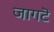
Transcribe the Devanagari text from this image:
जागटॆ